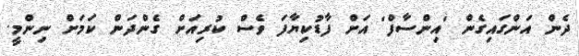
ދެން އަންގައިގެން 'އިންސާފް' އަށް ފާޑުކިޔާފަ ވެސް ކުރިއަށް ގެންދަން ކަމަށް ނިންމީ.